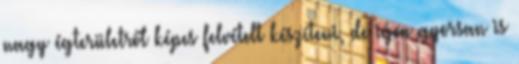
nagy égterületről képes felvételt készíteni, de igen gyorsan is